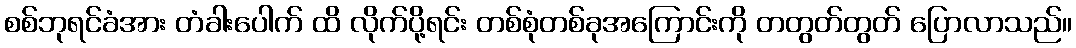
စစ်ဘုရင်ခံအား တံခါးပေါက် ထိ လိုက်ပို့ရင်း တစ်စုံတစ်ခုအကြောင်းကို တတွတ်တွတ် ပြောလာသည်။